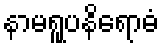
နာမရူပနိရောဓံ